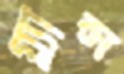
গ্ল্যান্স